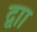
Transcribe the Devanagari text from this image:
द्वाा